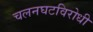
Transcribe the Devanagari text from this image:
चलनघटविरोधी